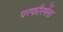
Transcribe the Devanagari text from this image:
परफौरमेंस